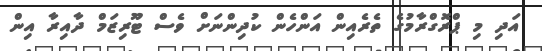
އަދި މި ޕްރޮގްރާމުގެ ތެރެއިން އަންހެން ކުދިންނަށް ވެސް ޓޫރިޒަމް ދާއިރާ އިން